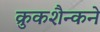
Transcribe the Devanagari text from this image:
क्रुकशैन्कने